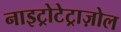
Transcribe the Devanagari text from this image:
नाइट्रोटेट्राज़ोल